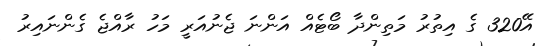
އޭ320 ގެ އިތުރު މަތިންދާ ބޯޓެއް އަންނަ ޖެނުއަރީ މަހު ރާއްޖެ ގެންނައިރު